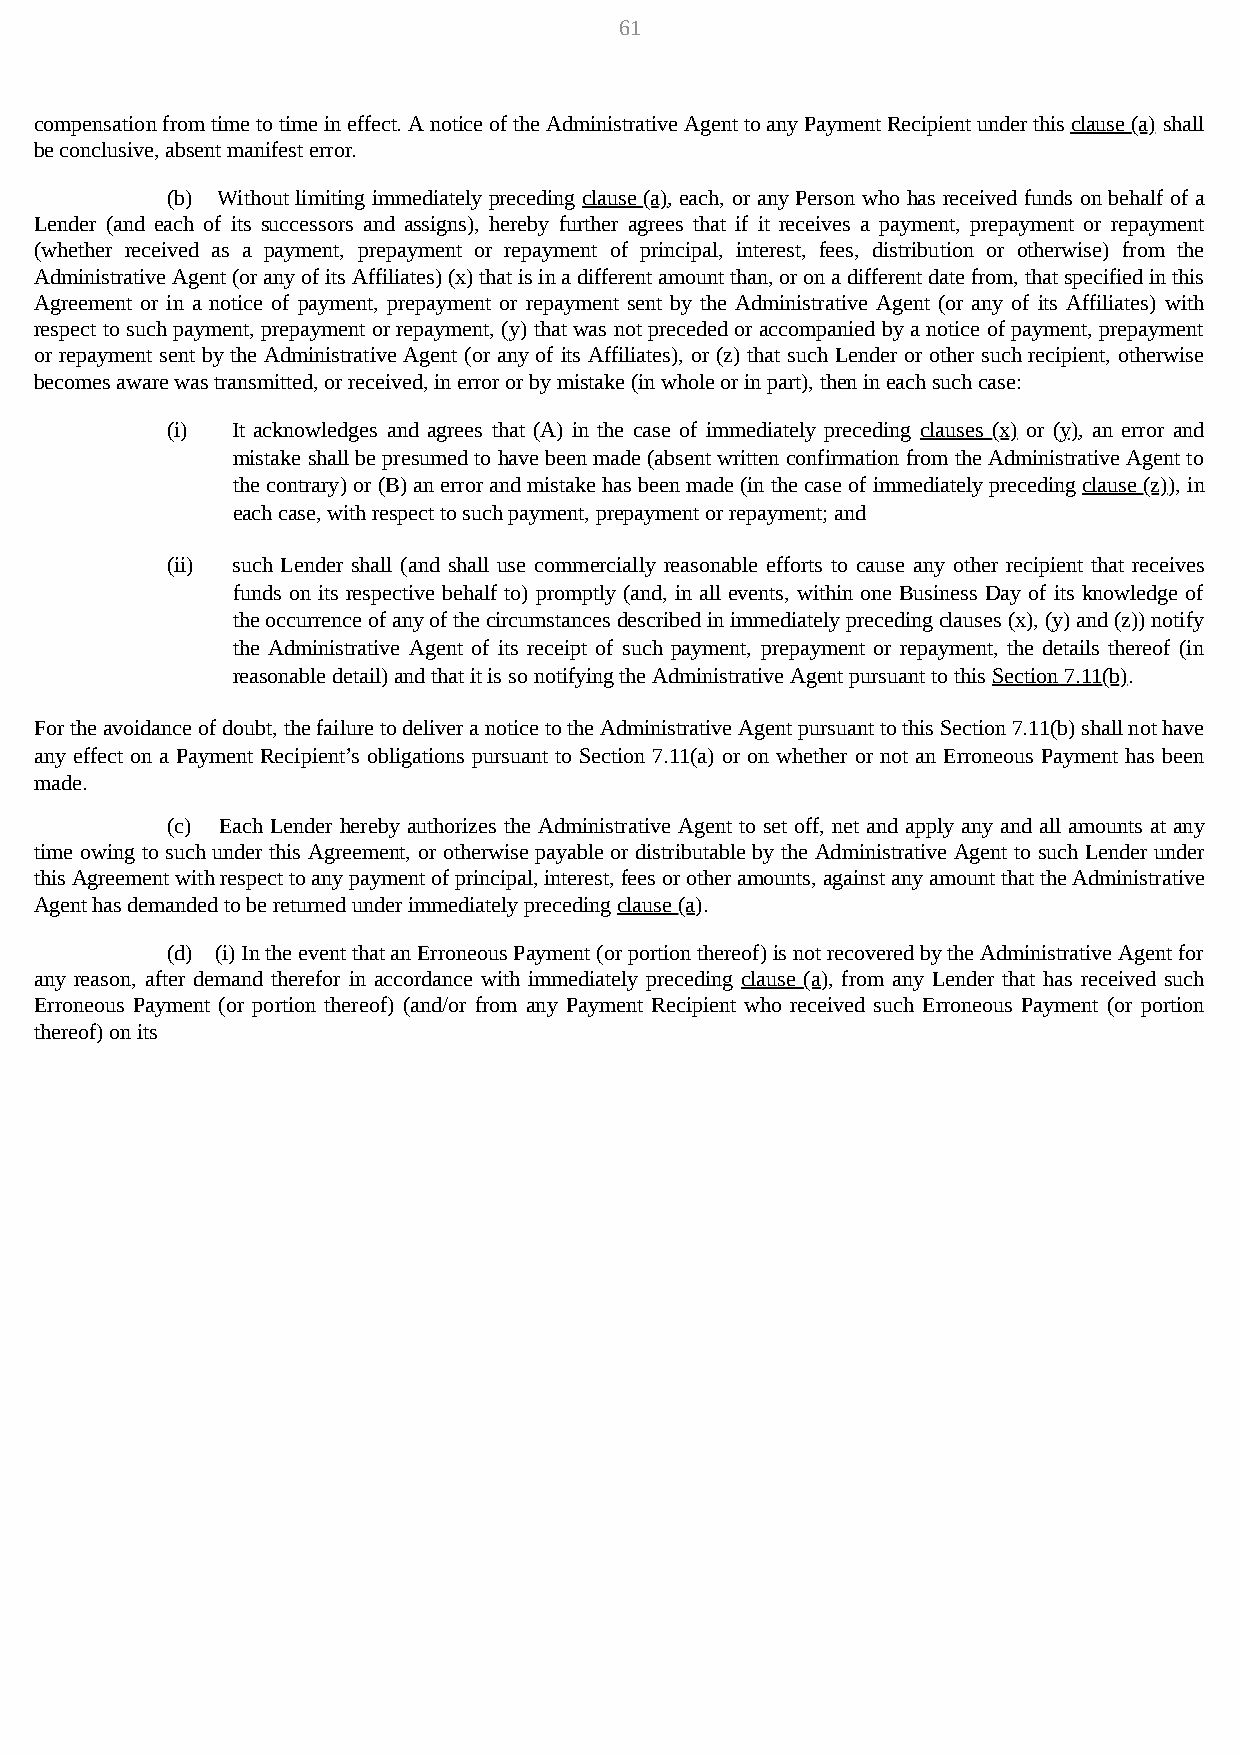
61
 compensation from time to time in effect. A notice of the Administrative Agent to any Payment Recipient under this clause (a) shall
 be conclusive, absent manifest error.
 (b) Without limiting immediately preceding clause (a), each, or any Person who has received funds on behalf of a
 Lender (and each of its successors and assigns), hereby further agrees that if it receives a payment, prepayment or repayment
 (whether received as a payment, prepayment or repayment of principal, interest, fees, distribution or otherwise) from the
 Administrative Agent (or any of its Affiliates) (x) that is in a different amount than, or on a different date from, that specified in this
 Agreement or in a notice of payment, prepayment or repayment sent by the Administrative Agent (or any of its Affiliates) with
 respect to such payment, prepayment or repayment, (y) that was not preceded or accompanied by a notice of payment, prepayment
 or repayment sent by the Administrative Agent (or any of its Affiliates), or (z) that such Lender or other such recipient, otherwise
 becomes aware was transmitted, or received, in error or by mistake (in whole or in part), then in each such case:
 (i) It acknowledges and agrees that (A) in the case of immediately preceding clauses (x) or (y), an error and
 mistake shall be presumed to have been made (absent written confirmation from the Administrative Agent to
 the contrary) or (B) an error and mistake has been made (in the case of immediately preceding clause (z)), in
 each case, with respect to such payment, prepayment or repayment; and
 (ii) such Lender shall (and shall use commercially reasonable efforts to cause any other recipient that receives
 funds on its respective behalf to) promptly (and, in all events, within one Business Day of its knowledge of
 the occurrence of any of the circumstances described in immediately preceding clauses (x), (y) and (z)) notify
 the Administrative Agent of its receipt of such payment, prepayment or repayment, the details thereof (in
 reasonable detail) and that it is so notifying the Administrative Agent pursuant to this Section 7.11(b).
 For the avoidance of doubt, the failure to deliver a notice to the Administrative Agent pursuant to this Section 7.11(b) shall not have
 any effect on a Payment Recipient’s obligations pursuant to Section 7.11(a) or on whether or not an Erroneous Payment has been
 made.
 (c) Each Lender hereby authorizes the Administrative Agent to set off, net and apply any and all amounts at any
 time owing to such under this Agreement, or otherwise payable or distributable by the Administrative Agent to such Lender under
 this Agreement with respect to any payment of principal, interest, fees or other amounts, against any amount that the Administrative
 Agent has demanded to be returned under immediately preceding clause (a).
 (d) (i) In the event that an Erroneous Payment (or portion thereof) is not recovered by the Administrative Agent for
 any reason, after demand therefor in accordance with immediately preceding clause (a), from any Lender that has received such
 Erroneous Payment (or portion thereof) (and/or from any Payment Recipient who received such Erroneous Payment (or portion
 thereof) on its